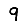
Digit: 9